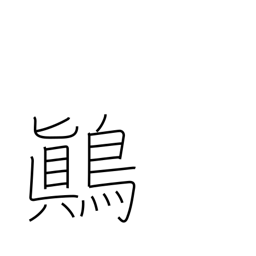
Meaning: yellow-white mottled songbird